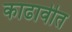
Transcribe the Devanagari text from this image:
काढावीत